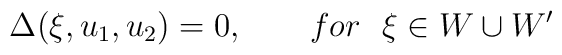
\Delta (\xi ,u_{1},u_{2})=0,\qquad for~~\xi \in W\cup W^{\prime }